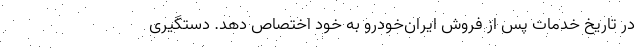
در تاریخ خدمات پس از فروش ایرا‌ن‌خودرو به خود اختصاص دهد. دستگیری